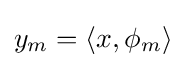
y_{m}=\langle x,\phi _{m}\rangle